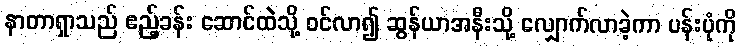
နာတာရှာသည် ဧည့်ခန်း ဆောင်ထဲသို့ ဝင်လာ၍ ဆွန်ယာအနီးသို့ လျှောက်လာခဲ့ကာ ပန်းပုံကို